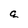
Character: q